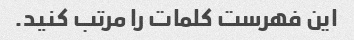
این فهرست کلمات را مرتب کنید.